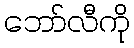
ဘော်လီကို